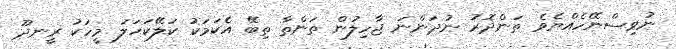
ނުވިސްނޭހެއްޔެވެ ތަންދޮރު ނުދަންނަ ޖާހިލުން ތަންތާ ތިބޭ އެކަމަކު ކަލޭކަހަލަ މީހަކު ރީނދޫ